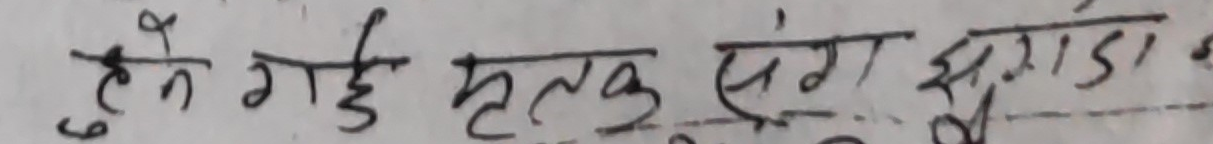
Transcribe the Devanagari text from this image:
हेने गड़े हृतक संग झगड़ा